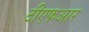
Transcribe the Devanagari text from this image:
टीएफआर